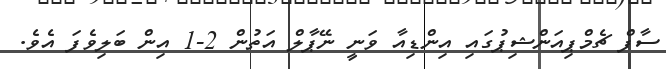
ސާފް ޗެމްޕިއަންޝިޕުގައި އިންޑިއާ ވަނީ ނޭޕާލް އަތުން 2-1 އިން ބަލިވެފަ އެވެ.